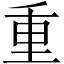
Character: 重